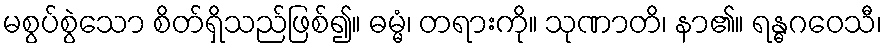
မစွပ်စွဲသော စိတ်ရှိသည်ဖြစ်၍။ ဓမ္မံ၊ တရားကို။ သုဏာတိ၊ နာ၏။ ရန္ဓဂဝေသီ၊